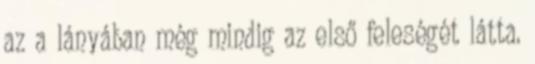
az a lányában még mindig az első feleségét látta.